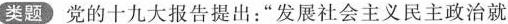
类题党的十九大报告提出：”发展社会主义民主政治就